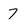
Character: 7